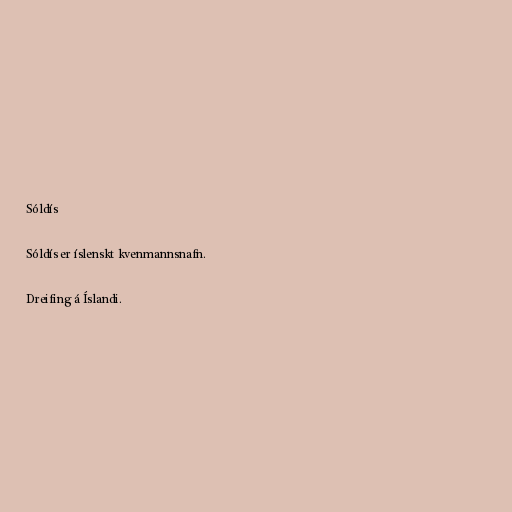
Sóldís

Sóldís er íslenskt kvenmannsnafn.

Dreifing á Íslandi.